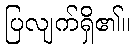
ပြလျက်ရှိ၏။